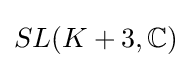
SL(K+3,\mathbb {C} )